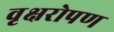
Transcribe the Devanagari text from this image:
वृक्षरोपण